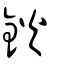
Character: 鈥